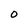
Character: 0